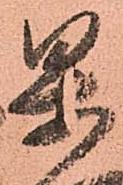
果